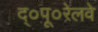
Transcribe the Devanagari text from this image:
द्०पू०रेलवे